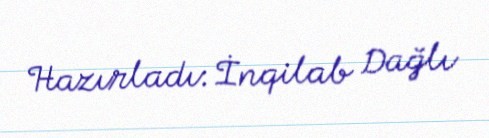
Hazırladı: İnqilab Dağlı